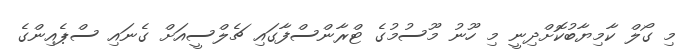
މި ގޯލް ކާމިޔާބުކޮށްދިނީ މި ހޫނު މޫސުމުގެ ޓްރާންސްފާގައި ޗެލްސީއަށް ގެނައި ސްޕެއިންގެ